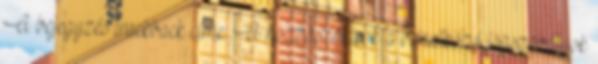
A bejegyzés trackback címe: A hozzászólások a vonatkozó jogszabályok